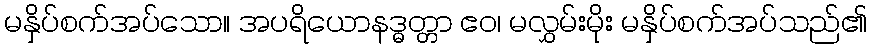
မနှိပ်စက်အပ်သော။ အပရိယောနဒ္ဓတ္တာ ဧဝ၊ မလွှမ်းမိုး မနှိပ်စက်အပ်သည်၏